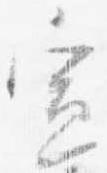
宣